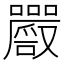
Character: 𡅔